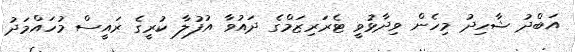
އަބްދު ޝާހިދު މިހެން ވިދާޅުވީ ޓެރަރިޒަމްގެ ދައުވާ އުފުލާ ކުރީގެ ރައީސް މުހައްމަދު